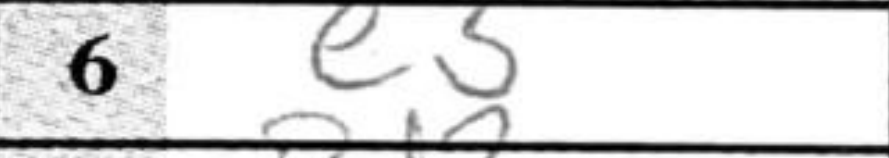
Transcription: e3